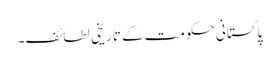
پاکستانی حکومت کے تاریخی لطائف۔